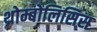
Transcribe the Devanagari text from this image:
थ्रोम्बोलिसिस